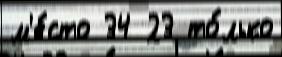
м'е́сто 34 23 то́лько